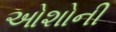
ઓશોની